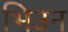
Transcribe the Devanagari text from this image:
भिउन